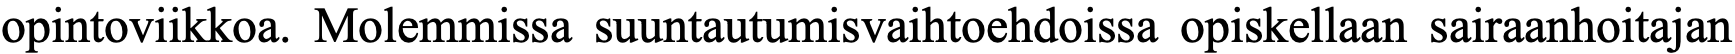
opintoviikkoa. Molemmissa suuntautumisvaihtoehdoissa opiskellaan sairaanhoitajan